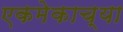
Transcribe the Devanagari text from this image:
एकमेकाच्या